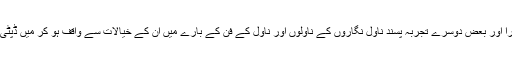
اگر میں اپنے تجربے سے صرف ایک مثال دینا چاہوں تو میلان کنڈیرا اور بعض دوسرے تجربہ پسند ناول نگاروں کے ناولوں اور ناول کے فن کے بارے میں ان کے خیالات سے واقف ہو کر میں ڈپٹی نذیر احمد کے ناولوں کی پہلے سے بہتر تحسین کرنے کے قابل ہوا۔